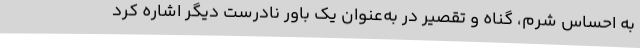
به احساس شرم، گناه و تقصیر در به‌عنوان یک باور نادرست دیگر اشاره کرد